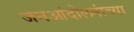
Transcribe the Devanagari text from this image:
जनआंदोलनांच्या